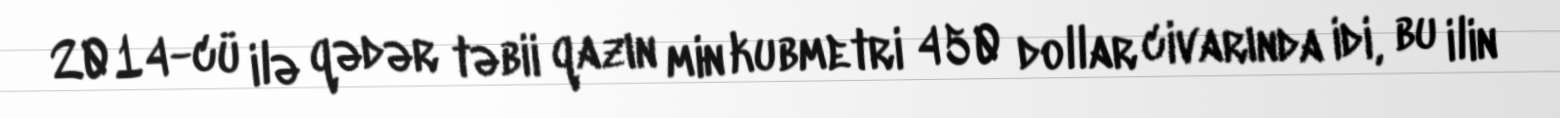
2014-cü ilə qədər təbii qazın min kubmetri 450 dollar civarında idi, bu ilin